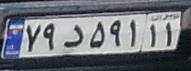
۷۹د۵۹۱۱۱